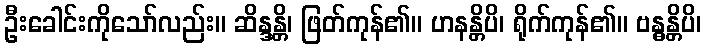
ဦးခေါင်းကိုသော်လည်း။ ဆိန္ဒန္တိ၊ ဖြတ်ကုန်၏။ ဟနန္တိပိ၊ ရိုက်ကုန်၏။ ဗန္ဓန္တိပိ၊